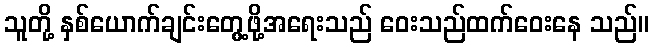
သူတို့ နှစ်ယောက်ချင်းတွေ့ဖို့အရေးသည် ဝေးသည်ထက်ဝေးနေ သည်။